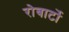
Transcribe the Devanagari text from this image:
रोबार्टो